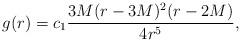
LaTeX: \begin{align*}g(r)={}&c_1 \frac{3 M (r - 3 M)^2 (r - 2 M)}{4 r^5},\end{align*}